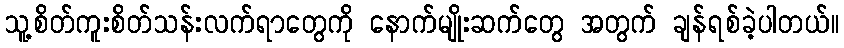
သူ့စိတ်ကူးစိတ်သန်းလက်ရာတွေကို နောက်မျိုးဆက်တွေ အတွက် ချန်ရစ်ခဲ့ပါတယ်။